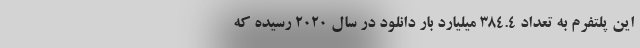
این پلتفرم به تعداد 384.4 میلیارد بار دانلود در سال 2020 رسیده که